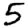
Digit: 5